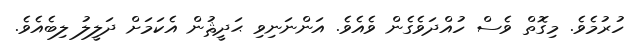
ހުރުމެވެ. މިގޮތް ވެސް ހުއްދަވެގެން ވެއެވެ. އަންނަނިވި ޙަދީޘުން އެކަމަށް ދަލީލު ލިބެއެވެ.